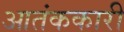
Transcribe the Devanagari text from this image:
आतंककारी